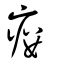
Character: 瘻